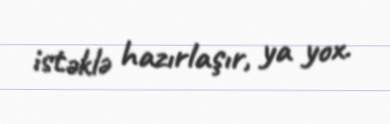
istəklə hazırlaşır, ya yox.